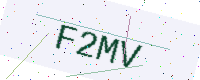
Text: F2MV